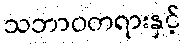
သဘာဝတရားနှင့်